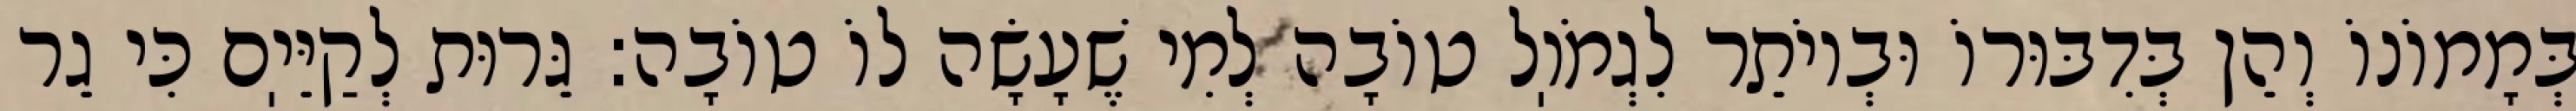
בְּמָמוֹנוֹ וְהֵן בְּדִבּוּרוֹ וּבְיוֹתֵר לִגְמֹוֽל טוֹבָה לְמִי שֶׁעָשָׂה לוֹ טוֹבָה: גֵּרוּת לְקַיֵּיֽם כִּי גֵר